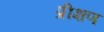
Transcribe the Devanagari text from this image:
प्रीक्षण